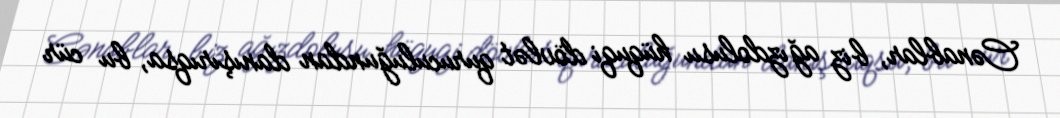
Cənablar, biz ağızdolusu hüquqi dövlət quruculuğundan danışırıqsa, bu cür